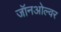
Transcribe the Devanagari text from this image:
जॉनओल्वर